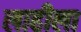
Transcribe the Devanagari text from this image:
लाहीला